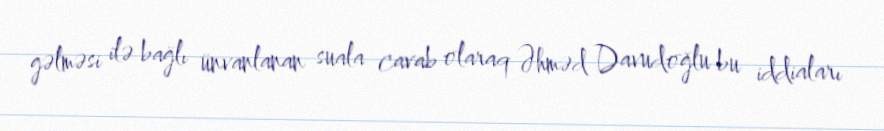
gəlməsi ilə bağlı ünvanlanan suala cavab olaraq Əhməd Davudoğlu bu iddiaları